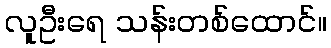
လူဦးရေ သန်းတစ်ထောင်။